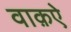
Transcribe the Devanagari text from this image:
वाक़ऐ